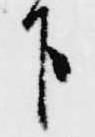
下